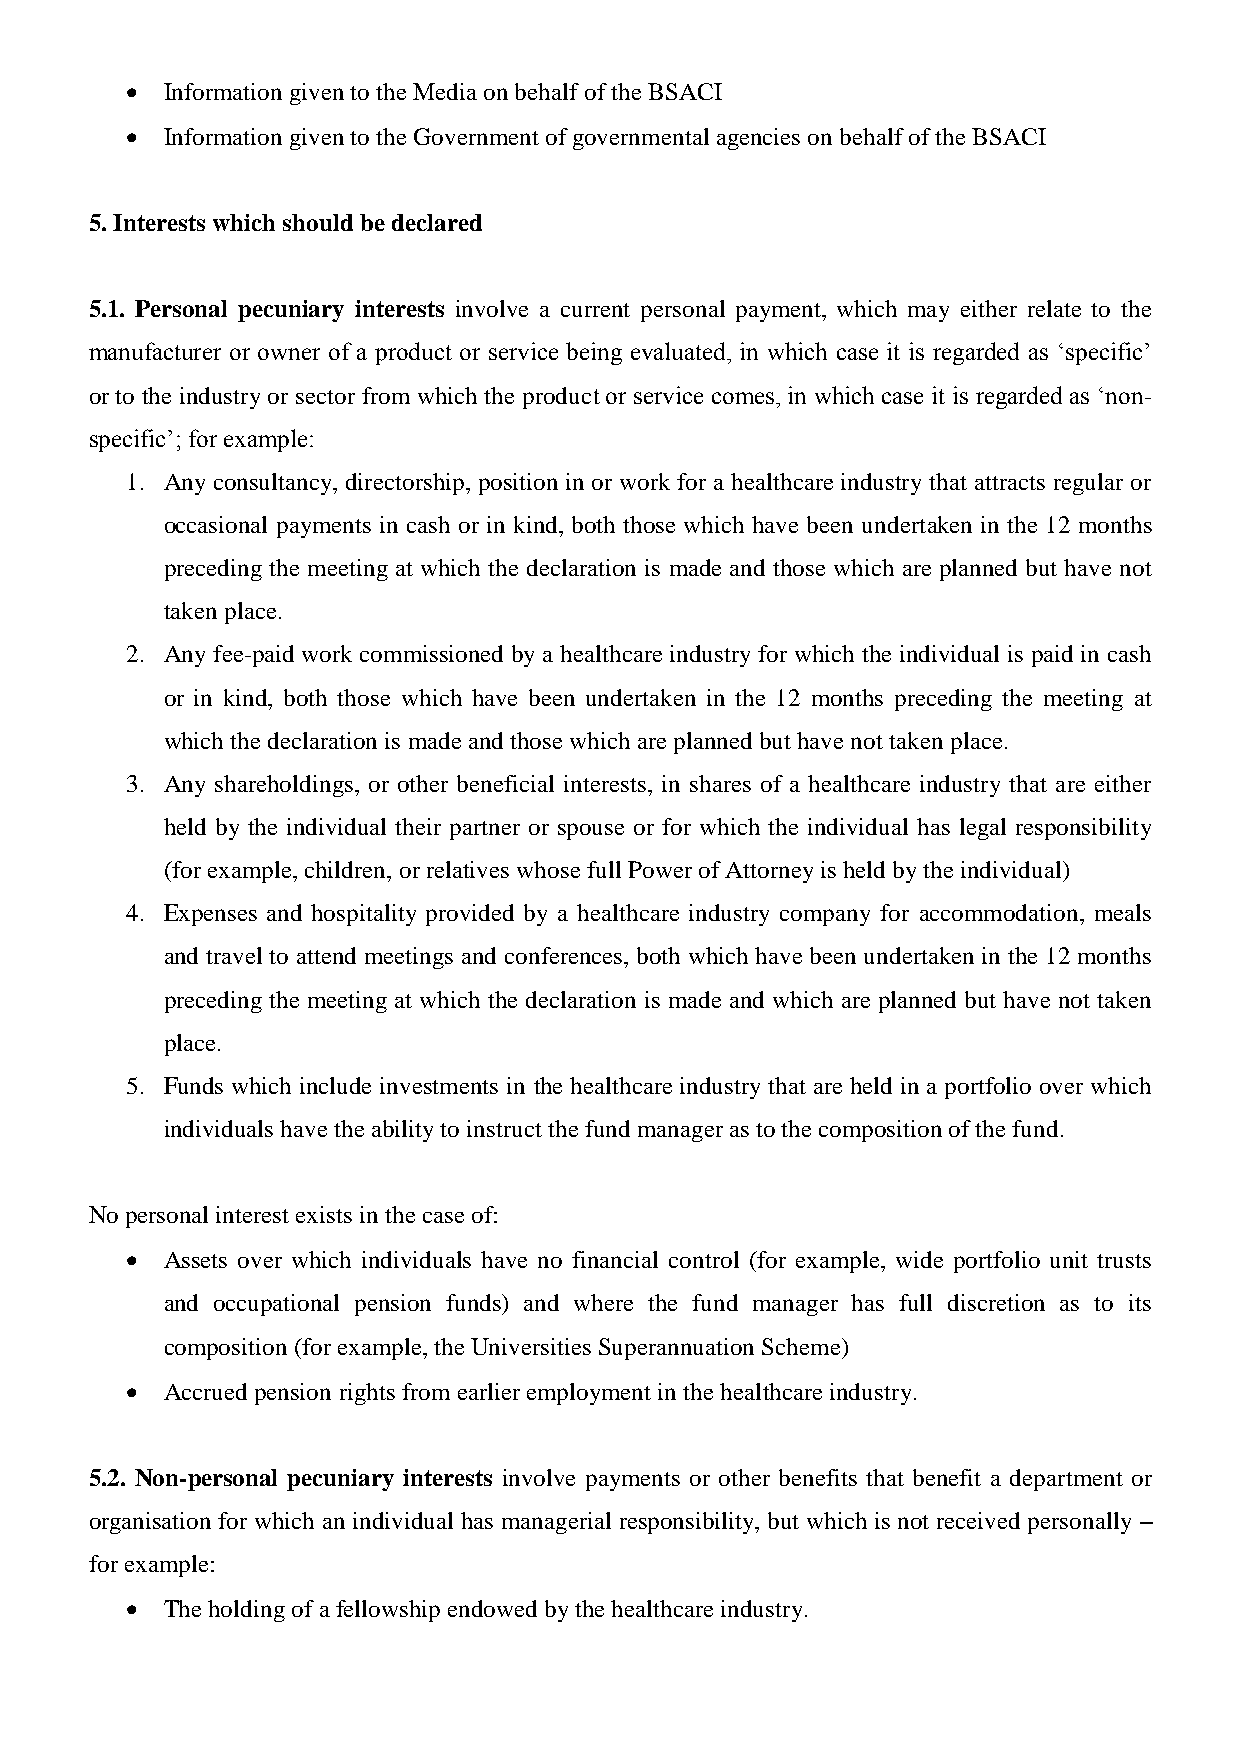
  Information given to the Media on behalf of the BSACI
   Information given to the Government of governmental agencies on behalf of the BSACI
 5. Interests which should be declared
 5.1. Personal pecuniary interests involve a current personal payment, which may either relate to the
 manufacturer or owner of a product or service being evaluated, in which case it is regarded as ‘specific’
 or to the industry or sector from which the product or service comes, in which case it is regarded as ‘non-
 specific’; for example:
 1. Any consultancy, directorship, position in or work for a healthcare industry that attracts regular or
 occasional payments in cash or in kind, both those which have been undertaken in the 12 months
 preceding the meeting at which the declaration is made and those which are planned but have not
 taken place.
 2. Any fee-paid work commissioned by a healthcare industry for which the individual is paid in cash
 or in kind, both those which have been undertaken in the 12 months preceding the meeting at
 which the declaration is made and those which are planned but have not taken place.
 3. Any shareholdings, or other beneficial interests, in shares of a healthcare industry that are either
 held by the individual their partner or spouse or for which the individual has legal responsibility
 (for example, children, or relatives whose full Power of Attorney is held by the individual)
 4. Expenses and hospitality provided by a healthcare industry company for accommodation, meals
 and travel to attend meetings and conferences, both which have been undertaken in the 12 months
 preceding the meeting at which the declaration is made and which are planned but have not taken
 place.
 5. Funds which include investments in the healthcare industry that are held in a portfolio over which
 individuals have the ability to instruct the fund manager as to the composition of the fund.
 No personal interest exists in the case of:
   Assets over which individuals have no financial control (for example, wide portfolio unit trusts
 and occupational pension funds) and where the fund manager has full discretion as to its
 composition (for example, the Universities Superannuation Scheme)
   Accrued pension rights from earlier employment in the healthcare industry.
 5.2. Non-personal pecuniary interests involve payments or other benefits that benefit a department or
 organisation for which an individual has managerial responsibility, but which is not received personally –
 for example:
   The holding of a fellowship endowed by the healthcare industry.